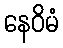
နေဝိမံ